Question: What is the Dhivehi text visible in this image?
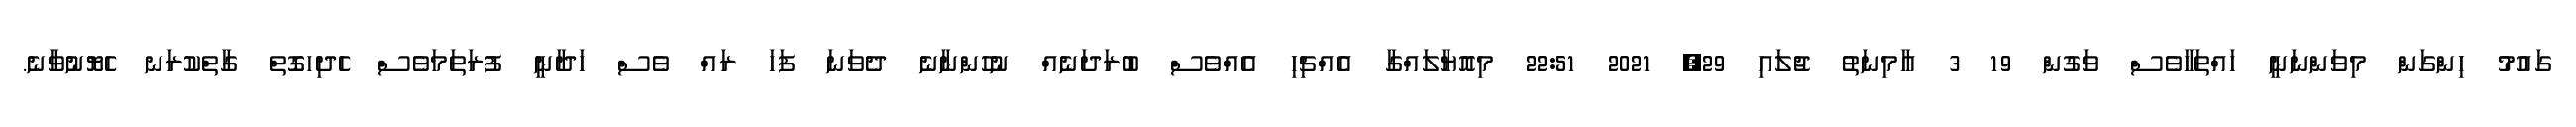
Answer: ގައުމު ހިންގަން މިވަންނަނީ ހައްތަހާވެސް ވަގުން 19 3 އާމިނަތު ޖުލައި 29, 2021 22:51 މިއޮޔާލައްގާ އެއްޗިހި އެއްވެސް ބުރަދަނެއް ނުހުންނާނެ ދެވަނަ ފަހަ ރައް ވެސް ހަދާނީ ފުރަތަމަވެސް ހެދިހގޮތް ގާތްކުރަނ ހެޔޮނުވާނެ.